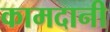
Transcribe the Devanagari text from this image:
कामदानी